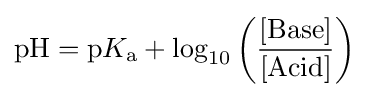
{\mathrm {pH} }={\mathrm {p} }K_{\mathrm {a} }+\log _{10}\left({\frac {[{\mathrm {Base} }]}{[{\mathrm {Acid} }]}}\right)